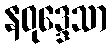
နဝုဒ္ဒေသာ